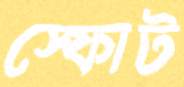
স্ফোট